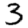
Digit: 3